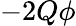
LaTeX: -2Q\phi